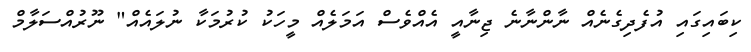
ކިބައިގައި އުފެދިގެނެއް ނާންނާނެ ޖިނާއީ އެއްވެސް އަމަލެއް މީހަކު ކުރުމަކާ ނުލައެއް" ނޫރުއްސަލާމް